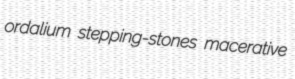
ordalium stepping-stones macerative